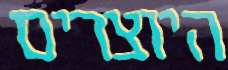
היוצרים